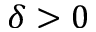
\delta > 0